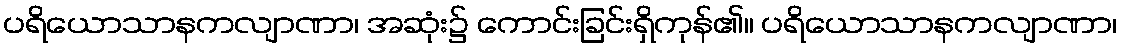
ပရိယောသာနကလျာဏာ၊ အဆုံး၌ ကောင်းခြင်းရှိကုန်၏။ ပရိယောသာနကလျာဏာ၊